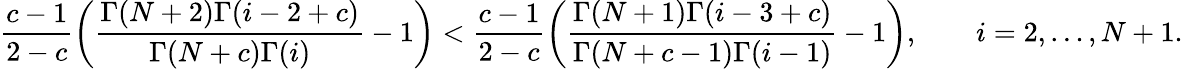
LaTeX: \frac{c-1}{2-c}\left(\frac{\Gamma(N+2)\Gamma(i-2+c)}{\Gamma(N+c)\Gamma(i)}-1\right)<\frac{c-1}{2-c}\left(\frac{\Gamma(N+1)\Gamma(i-3+c)}{\Gamma(N+c-1)\Gamma(i-1)}-1\right),\qquad i=2,\dots,N+1.